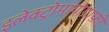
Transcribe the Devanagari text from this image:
इलेक्ट्रोमायोग्राफ़ी